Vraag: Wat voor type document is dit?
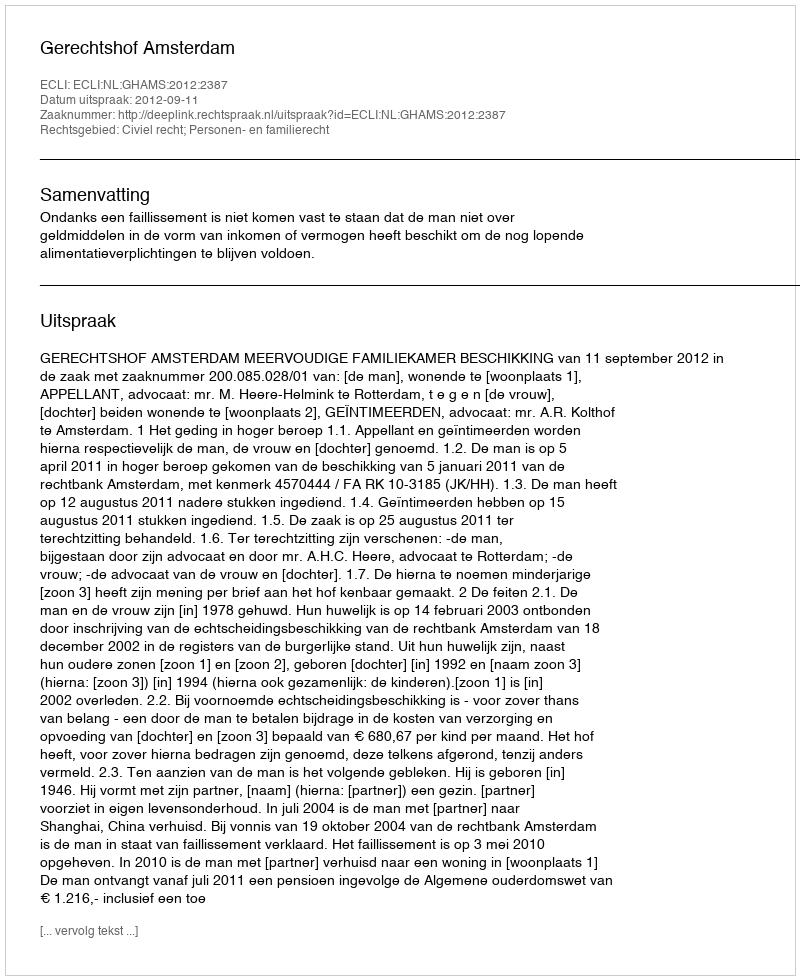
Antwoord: Uitspraak